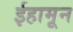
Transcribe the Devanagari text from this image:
ईहामून